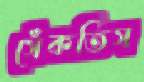
সেঁকতিস